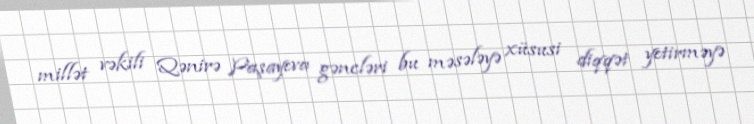
millət vəkili Qənirə Paşayeva gəncləri bu məsələyə xüsusi diqqət yetirməyə